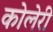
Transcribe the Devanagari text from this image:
कोलेरी